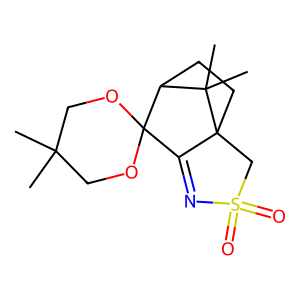
SMILES: CC1(C)COC2(OC1)C1=NS(=O)(=O)CC13CCC2C3(C)C
Inhibits HIV replication: No